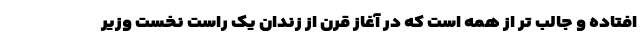
افتاده و جالب تر از همه است که در آغاز قرن از زندان یک راست نخست وزیر